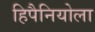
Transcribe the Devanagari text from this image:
हिपैनियोला